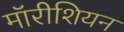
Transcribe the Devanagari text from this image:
मॉरीशियन